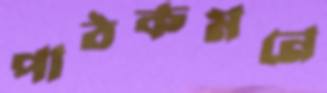
পাঠকমনে